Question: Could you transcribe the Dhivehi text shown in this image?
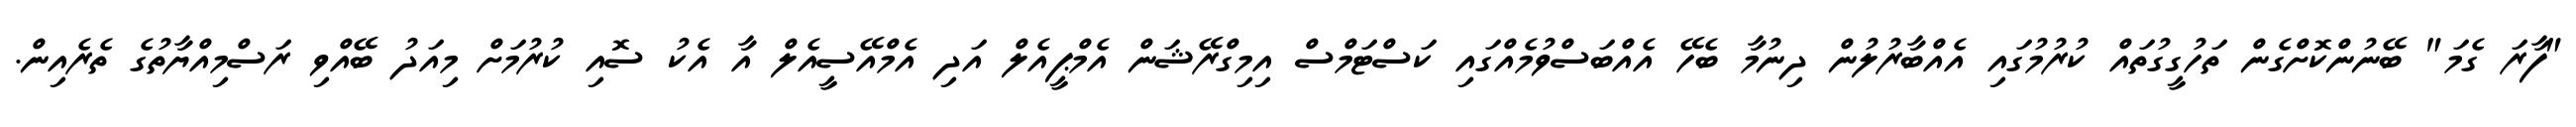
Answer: "ފާރަ ގެމަ" ބޭނުންކޮށްގެން ތަހުގީގުތައް ކުރުމުގައި އެއްބާރުލުން ދިނުމާ ބެހޭ އެއްބަސްވުމެއްގައި ކަސްޓަމްސް އިމިގްރޭޝަން އެމްޕީއެލް އަދި އެމްއޭސީއެލް އާ އެކު ސޮއި ކުރުމަށް މިއަދު ބޭއްވި ރަސްމިއްޔާތުގެ ތެރެއިން.